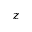
z